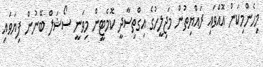
މިހެންމިކަން އޮއްވައި ރައްޔިތުން މަޖިލީހުގެ އިގްތިސާދީ ކޮމެޓީން މިވަނީ ސޯޝަލް ބޭނުން ފިޔަވައި